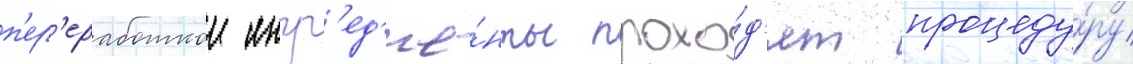
п'ер'еработкои ингр'ед'ие́нты прохо́д'ят процеду́ру